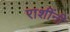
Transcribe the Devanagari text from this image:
राशींनी